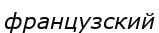
французский